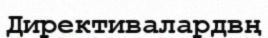
Директивалардвң